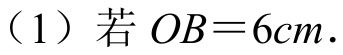
（1）若\(OB = 6cm\).